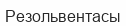
Резольвентасы